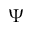
\Psi